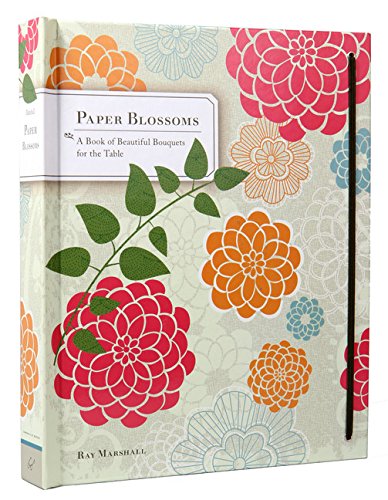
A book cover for Paper Blossoms: A Book of Beautiful Bouquets for the Table; Ray Marshall; Crafts, Hobbies & Home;